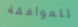
للموافقة